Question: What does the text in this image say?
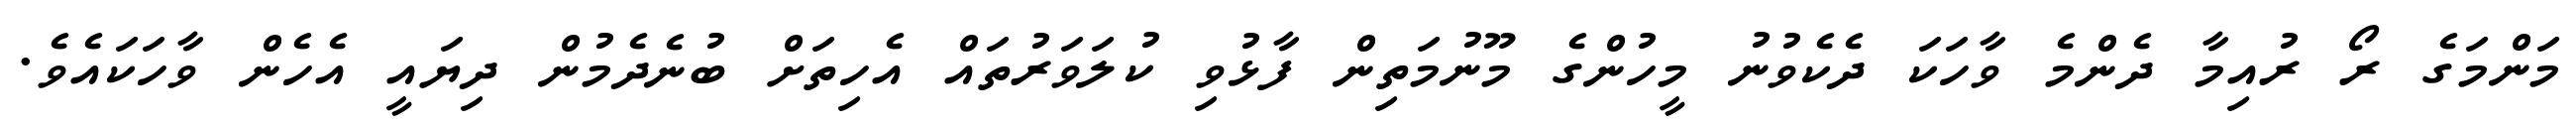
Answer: މަންމަގެ ރޯ ރުއިމާ ދެންމެ ވާހަކަ ދެކެވުނު މީހުންގެ މޫނުމަތިން ފާޅުވި ކުލަވަރުތައް އެހިތަށް ބުނެދެމުން ދިޔައީ އެހެން ވާހަކައެވެ.